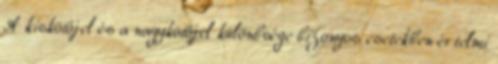
A kiskötőjel és a nagykötőjel különbsége bizonyos esetekben értelmi